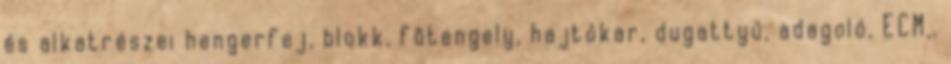
és alkatrészei hengerfej, blokk, fõtengely, hajtókar, dugattyú, adagoló, ECM,.